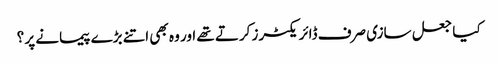
کیا جعل سازی صرف ڈائریکٹرز کرتے تھے اور وہ بھی اتنے بڑے پیمانے پر ؟